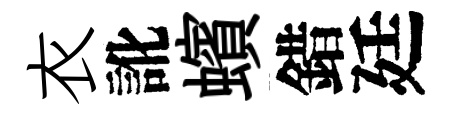
衣訛蠙錯廷